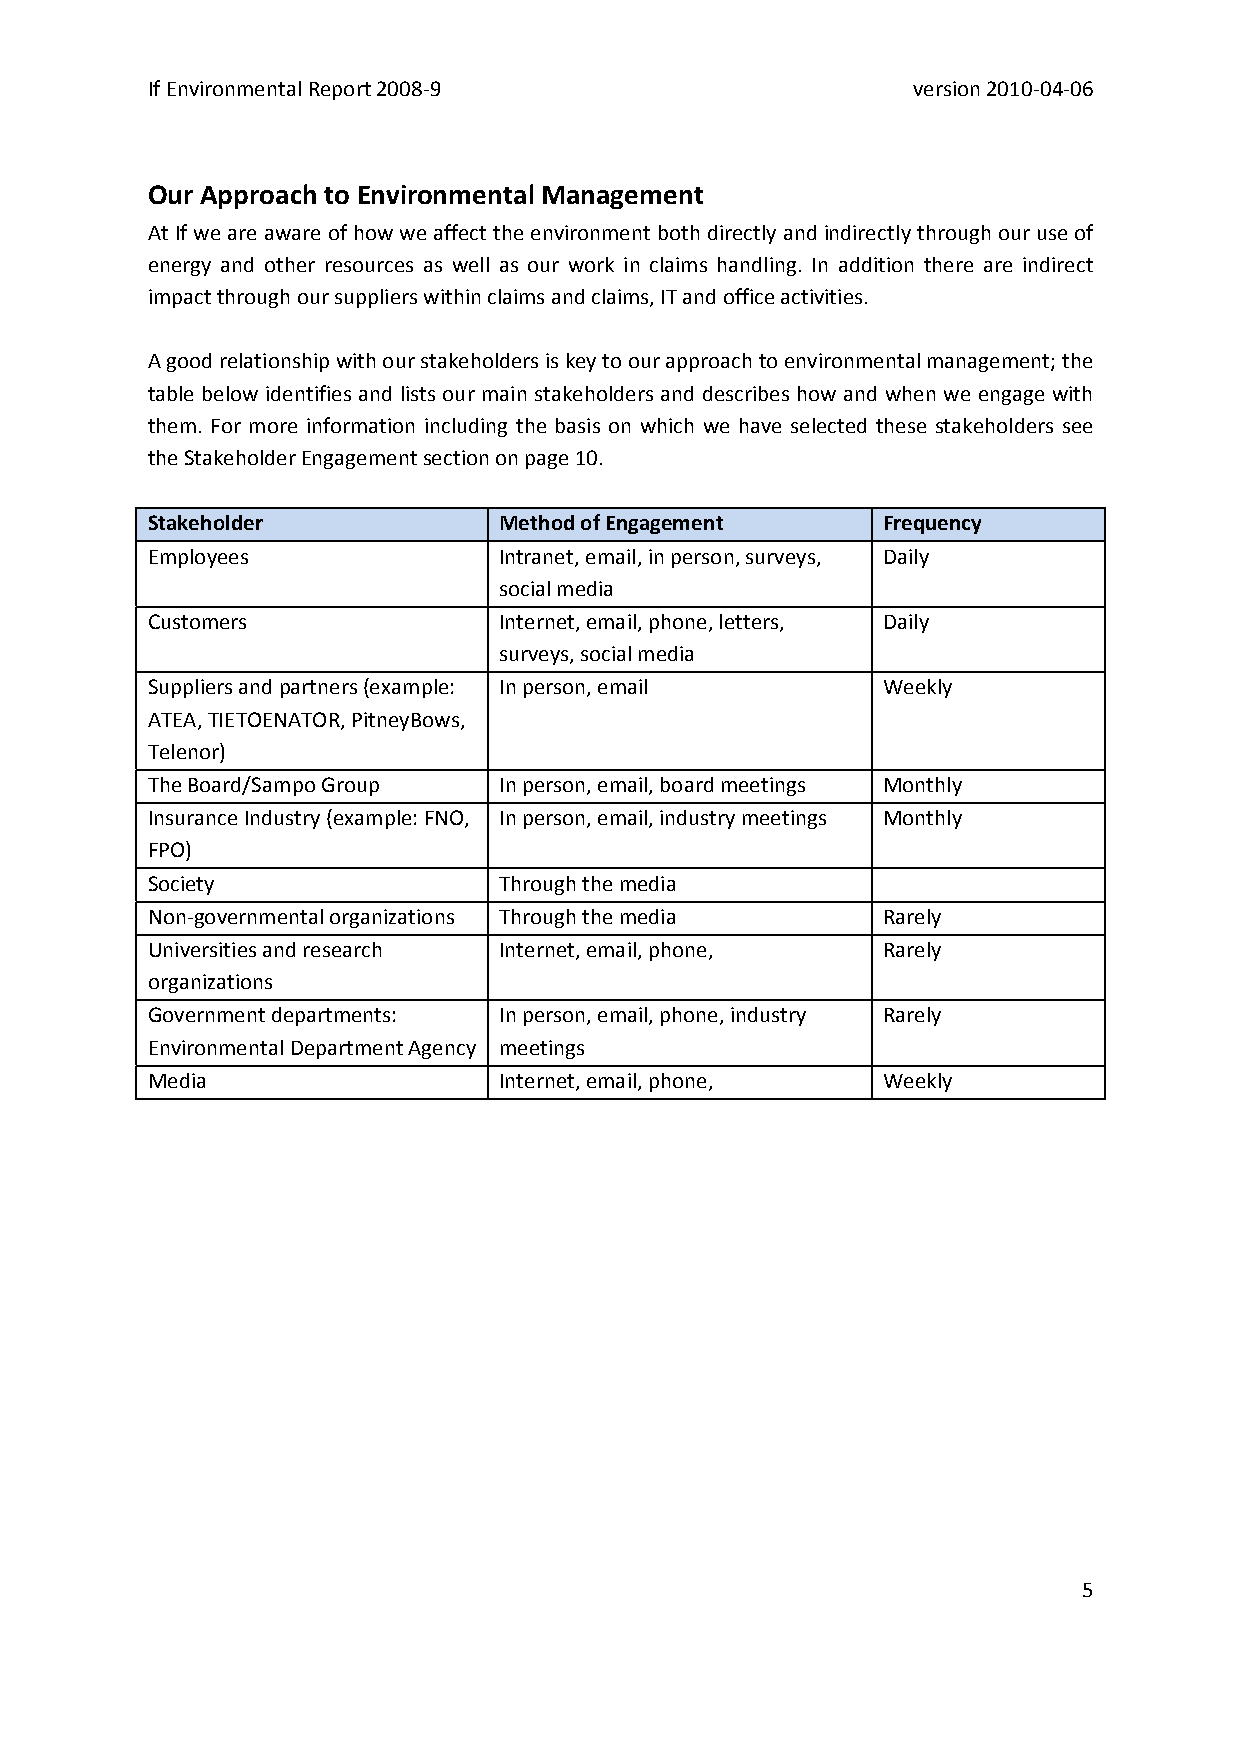
If Environmental Report 2008‐9                    version 2010‐04‐06
 Our Approach to Environmental Management
 At If we are aware of how we affect the environment both directly and indirectly through our use of
 energy and other resources as well as our work in claims handling. In addition there are indirect
 impact through our suppliers within claims and claims, IT and office activities.
 A good relationship with our stakeholders is key to our approach to environmental management; the
 table below identifies and lists our main stakeholders and describes how and when we engage with
 them. For more information including the basis on which we have selected these stakeholders see
 the Stakeholder Engagement section on page 10.
 Stakeholder            Method of Engagement     Frequency
 Employees              Intranet, email, in person, surveys, Daily
 social media
 Customers              Internet, email, phone, letters, Daily
 surveys, social media
 Suppliers and partners (example: In person, email Weekly
 ATEA, TIETOENATOR, PitneyBows,
 Telenor)
 The Board/Sampo Group  In person, email, board meetings Monthly
 Insurance Industry (example: FNO, In person, email, industry meetings Monthly
 FPO)
 Society                Through the media
 Non‐governmental organizations Through the media Rarely
 Universities and research Internet, email, phone, Rarely
 organizations
 Government departments: In person, email, phone, industry Rarely
 Environmental Department Agency meetings
 Media                  Internet, email, phone,  Weekly
 5